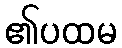
၏ပထမ